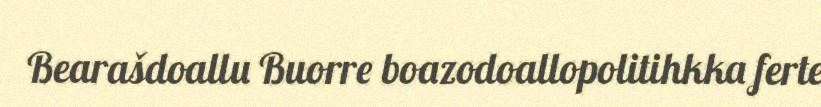
Bearašdoallu Buorre boazodoallopolitihkka ferte